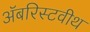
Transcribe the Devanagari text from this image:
अॅबरिस्टवीथ